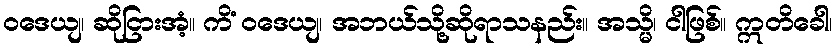
ဝဒေယျ၊ ဆိုငြားအံ့။ ကိံ ဝဒေယျ၊ အဘယ်သို့ဆိုရာသနည်း။ အသ္မိ၊ ငါဖြစ်။ ဣတိခေါ၊